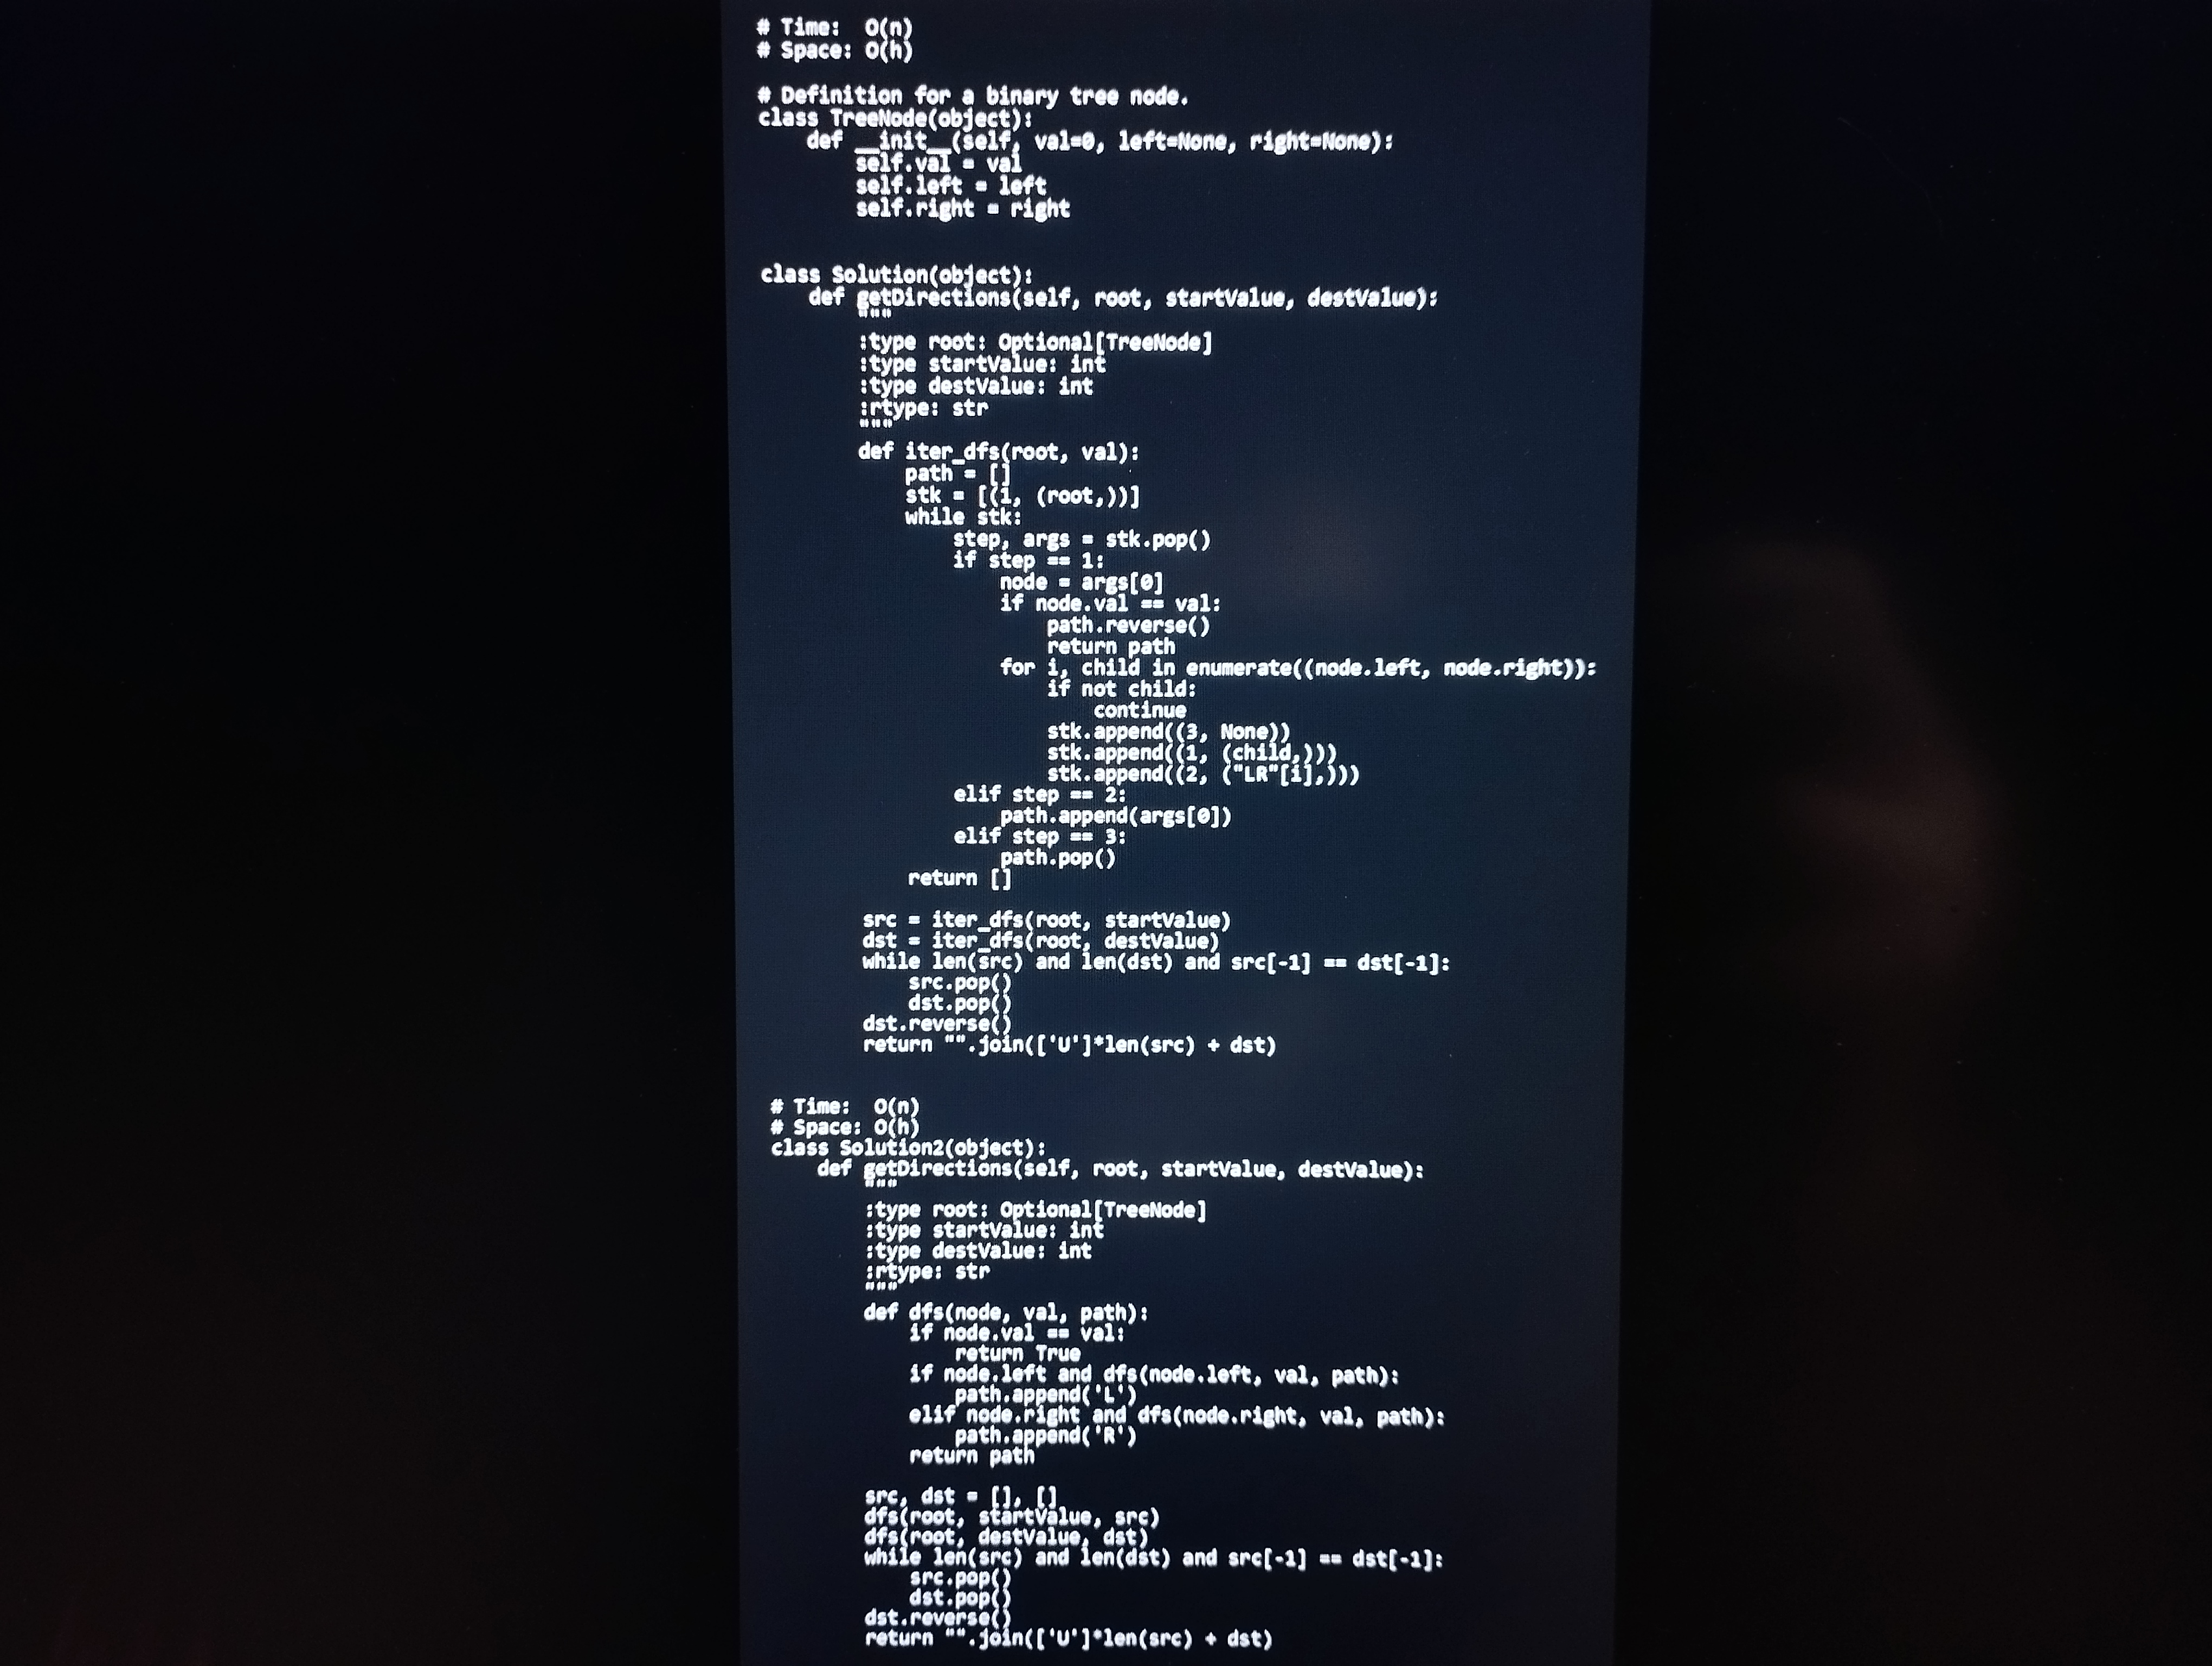
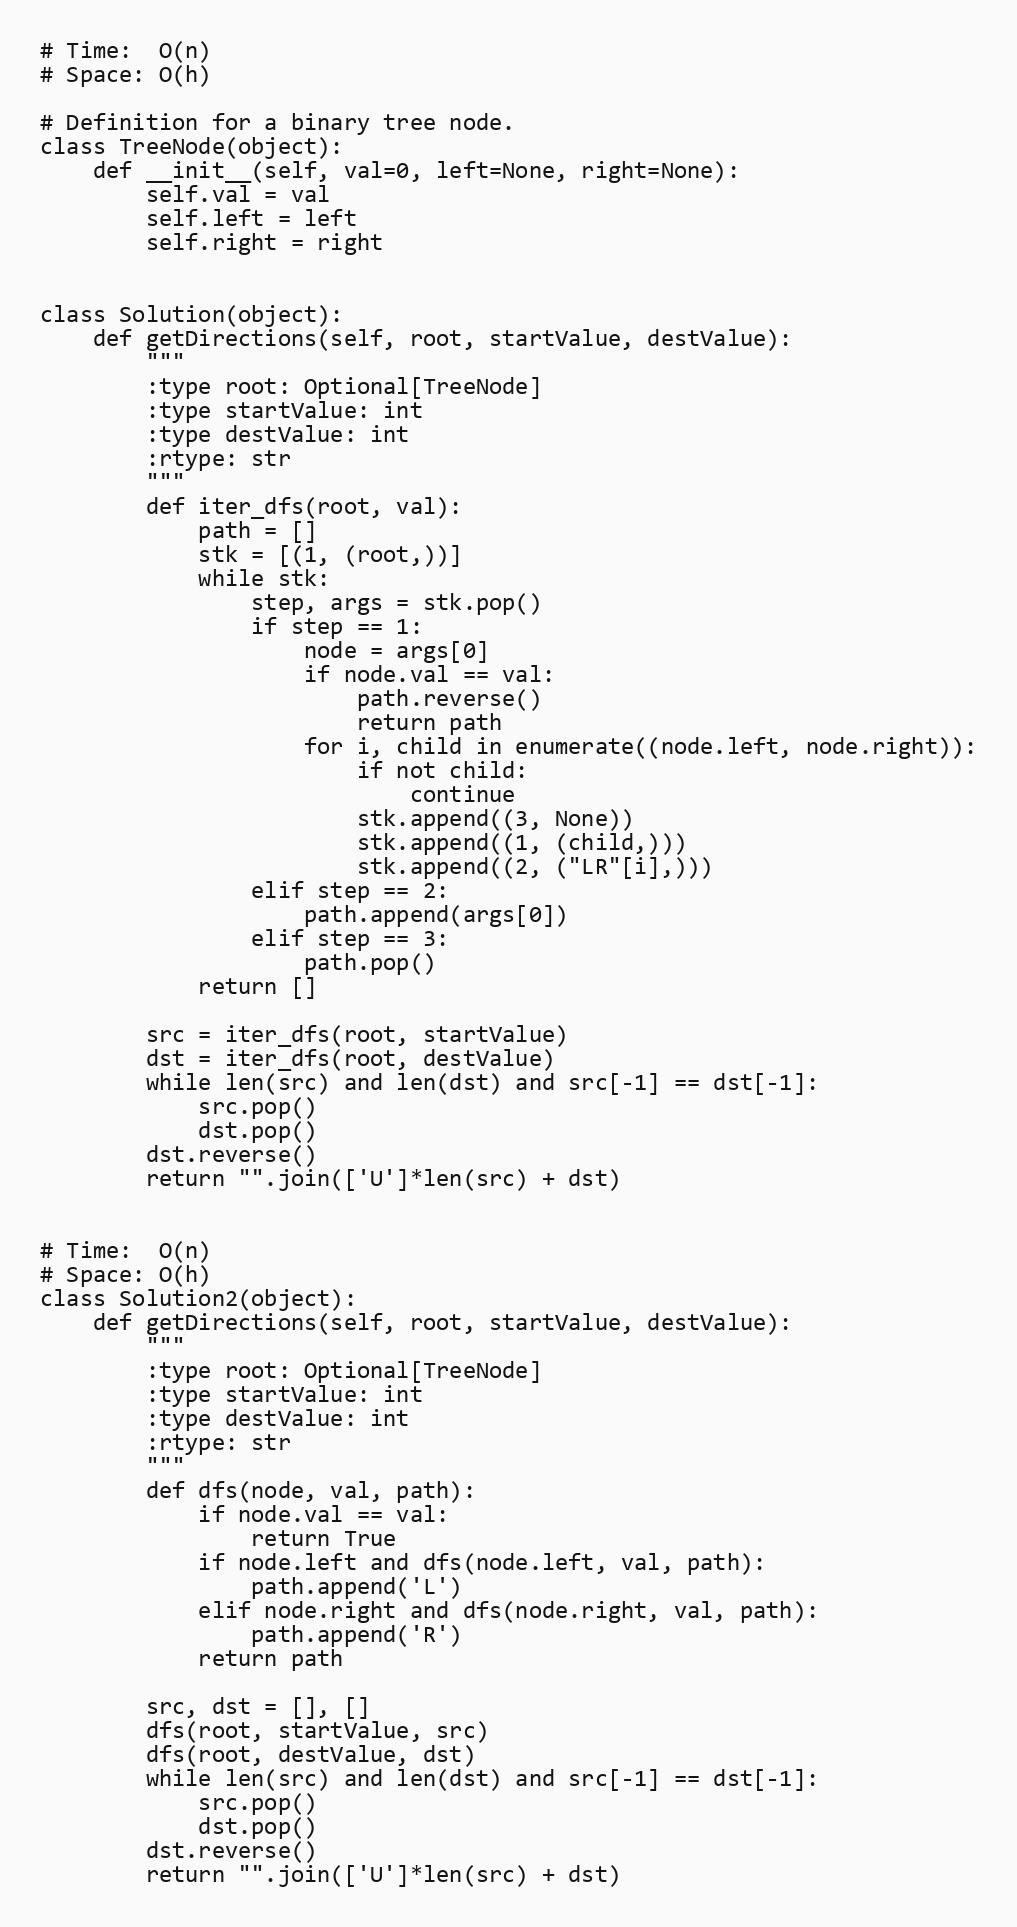
# Time:  O(n)
# Space: O(h)

# Definition for a binary tree node.
class TreeNode(object):
    def __init__(self, val=0, left=None, right=None):
        self.val = val
        self.left = left
        self.right = right

class Solution(object):
    def getDirections(self, root, startValue, destValue):
        """
        :type root: Optional[TreeNode]
        :type startValue: int
        :type destValue: int
        :rtype: str
        """
        def iter_dfs(root, val):
            path = []
            stk = [(1, (root,))]
            while stk:
                step, args = stk.pop()
                if step == 1:
                    node = args[0]
                    if node.val == val:
                        path.reverse()
                        return path
                    for i, child in enumerate((node.left, node.right)):
                        if not child:
                            continue
                        stk.append((3, None))
                        stk.append((1, (child,)))
                        stk.append((2, ("LR"[i],)))
                elif step == 2:
                    path.append(args[0])
                elif step == 3:
                    path.pop()
            return []

        src = iter_dfs(root, startValue)
        dst = iter_dfs(root, destValue)
        while len(src) and len(dst) and src[-1] == dst[-1]:
            src.pop()
            dst.pop()
        dst.reverse()
        return "".join(['U']*len(src) + dst)

# Time:  O(n)
# Space: O(h)
class Solution2(object):
    def getDirections(self, root, startValue, destValue):
        """
        :type root: Optional[TreeNode]
        :type startValue: int
        :type destValue: int
        :rtype: str
        """
        def dfs(node, val, path):
            if node.val == val:
                return True
            if node.left and dfs(node.left, val, path):
                path.append('L')
            elif node.right and dfs(node.right, val, path):
                path.append('R')
            return path

        src, dst = [], []
        dfs(root, startValue, src)
        dfs(root, destValue, dst)
        while len(src) and len(dst) and src[-1] == dst[-1]:
            src.pop()
            dst.pop()
        dst.reverse()
        return "".join(['U']*len(src) + dst)